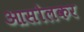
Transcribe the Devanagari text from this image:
आसोलकर